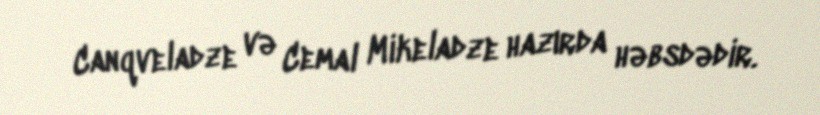
Canqveladze və Cemal Mikeladze hazırda həbsdədir.